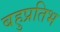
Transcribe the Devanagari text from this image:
बहुप्रतिभ